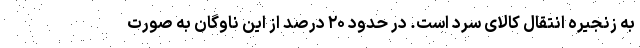
به زنجیره انتقال کالای سرد است. در حدود ۲۰ درصد از این ناوگان به صورت